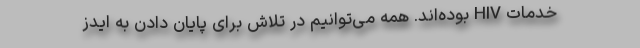
خدمات HIV بوده‌اند. همه می‌توانیم در تلاش برای پایان دادن به ایدز